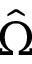
\hat { \Omega }